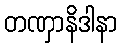
တဏှာနိဒါနာ